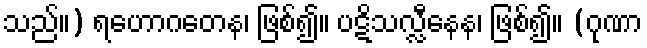
သည်။) ရဟောဂတေန၊ ဖြစ်၍။ ပဋိသလ္လီနေန၊ ဖြစ်၍။ (ဂုဏာ